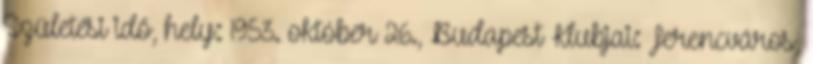
Születési idő, hely: 1953. október 26., Budapest Klubjai: Ferencváros,